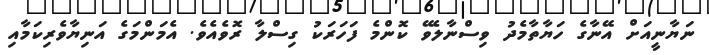
ނަޔާނީއަށް އޭނާގެ ހަޔާތާމެދު ވިސްނާލެވޭ ކޮންމެ ފަހަރަކު ގިސްލާ ރޮވެއެވެ. އެމަންމަގެ އަނިޔާވެރިކަމާއި